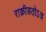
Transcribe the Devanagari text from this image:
राक्रीडतोऽत्र